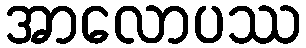
အာလောပဿ